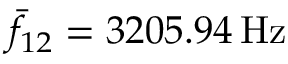
\bar { f } _ { 1 2 } = 3 2 0 5 . 9 4 \, \mathrm { H z }